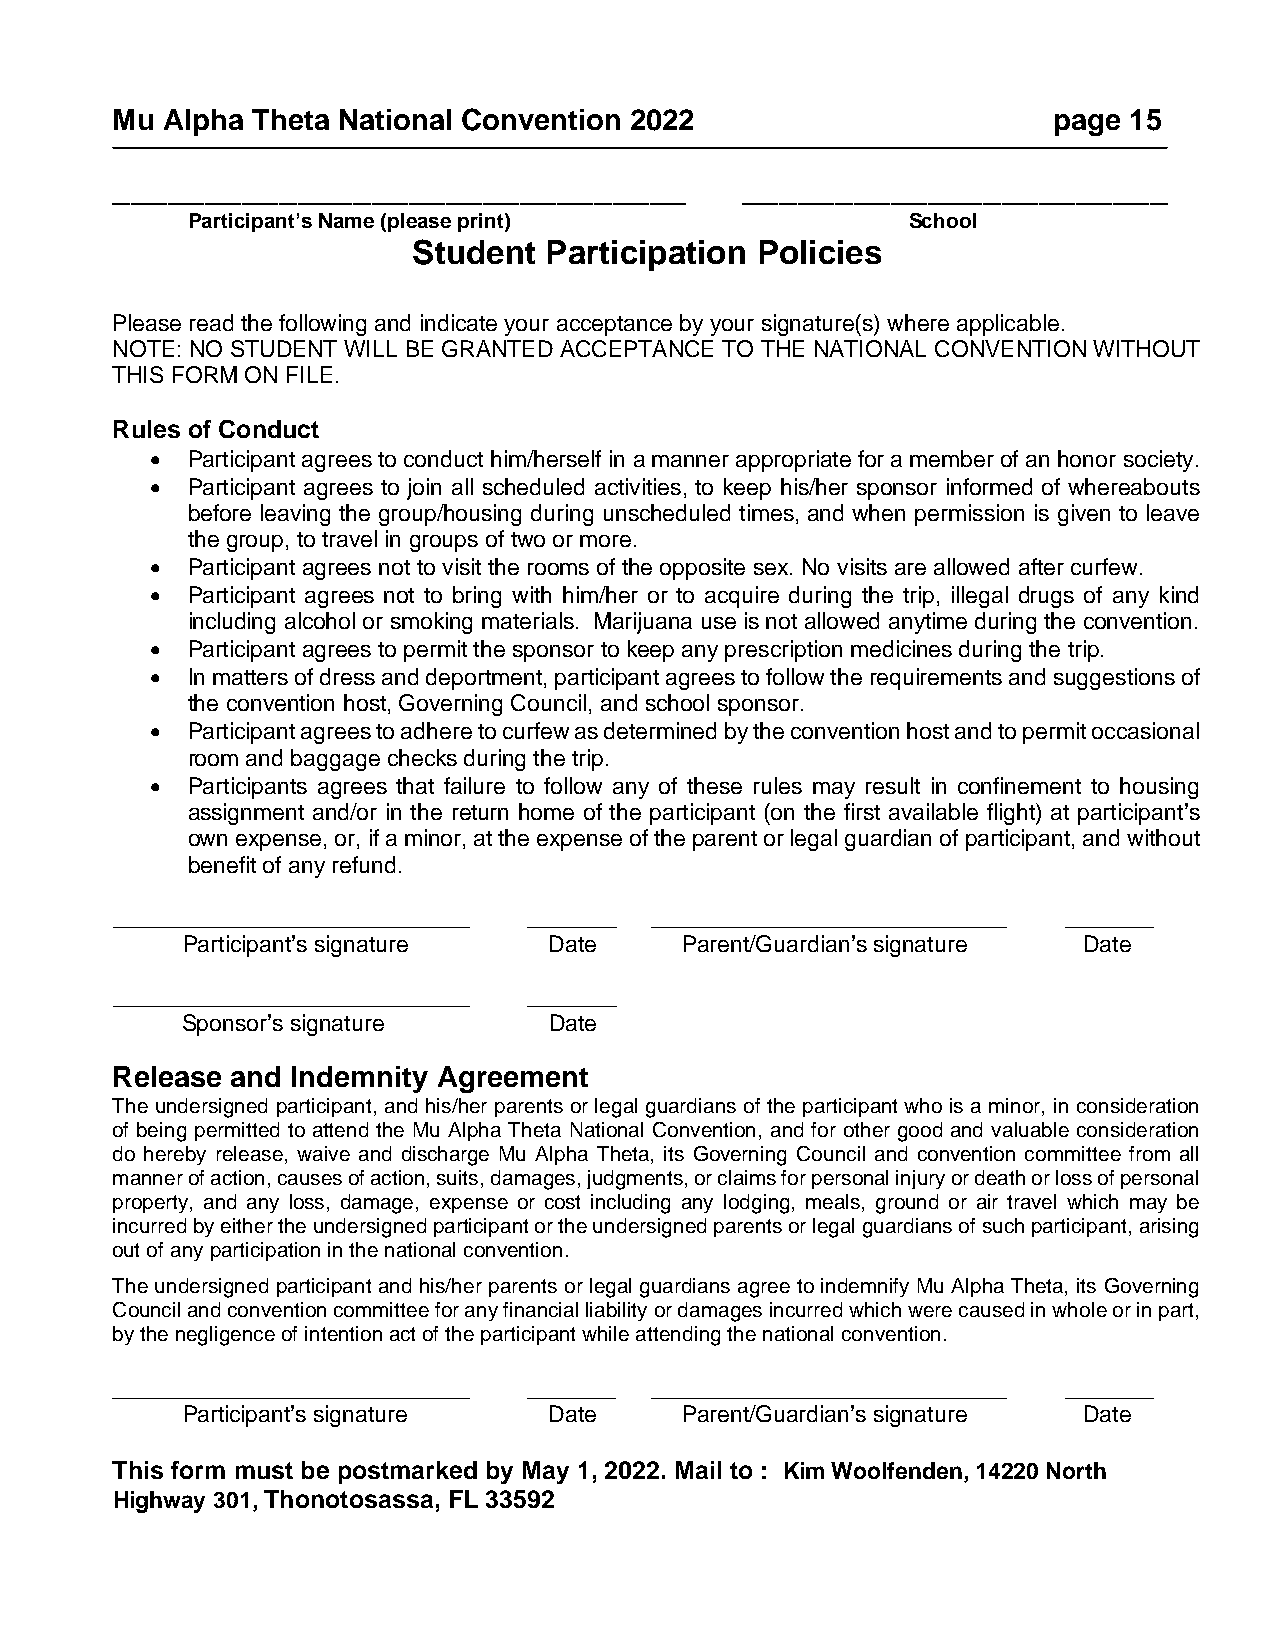
Mu  Alpha Theta National Convention 2022                       page 15
 _______________________________           _______________________
 Participant’s Name (please print)               School
 Student  Participation Policies
 Please read the following and indicate your acceptance by your signature(s) where applicable.
 NOTE: NO STUDENT WILL BE GRANTED ACCEPTANCE TO THE NATIONAL CONVENTION WITHOUT
 THIS FORM ON FILE.
 Rules of Conduct
 • Participant agrees to conduct him/herself in a manner appropriate for a member of an honor society.
 • Participant agrees to join all scheduled activities, to keep his/her sponsor informed of whereabouts
 before leaving the group/housing during unscheduled times, and when permission is given to leave
 the group, to travel in groups of two or more.
 • Participant agrees not to visit the rooms of the opposite sex. No visits are allowed after curfew.
 • Participant agrees not to bring with him/her or to acquire during the trip, illegal drugs of any kind
 including alcohol or smoking materials. Marijuana use is not allowed anytime during the convention.
 • Participant agrees to permit the sponsor to keep any prescription medicines during the trip.
 • In matters of dress and deportment, participant agrees to follow the requirements and suggestions of
 the convention host, Governing Council, and school sponsor.
 • Participant agrees to adhere to curfew as determined by the convention host and to permit occasional
 room and baggage checks during the trip.
 • Participants agrees that failure to follow any of these rules may result in confinement to housing
 assignment and/or in the return home of the participant (on the first available flight) at participant’s
 own expense, or, if a minor, at the expense of the parent or legal guardian of participant, and without
 benefit of any refund.
 ____________________________ _______ ____________________________ _______
 Participant’s signature Date     Parent/Guardian’s signature Date
 ____________________________ _______
 Sponsor’s signature     Date
 Release and Indemnity Agreement
 The undersigned participant, and his/her parents or legal guardians of the participant who is a minor, in consideration
 of being permitted to attend the Mu Alpha Theta National Convention, and for other good and valuable consideration
 do hereby release, waive and discharge Mu Alpha Theta, its Governing Council and convention committee from all
 manner of action, causes of action, suits, damages, judgments, or claims for personal injury or death or loss of personal
 property, and any loss, damage, expense or cost including any lodging, meals, ground or air travel which may be
 incurred by either the undersigned participant or the undersigned parents or legal guardians of such participant, arising
 out of any participation in the national convention.
 The undersigned participant and his/her parents or legal guardians agree to indemnify Mu Alpha Theta, its Governing
 Council and convention committee for any financial liability or damages incurred which were caused in whole or in part,
 by the negligence of intention act of the participant while attending the national convention.
 ____________________________ _______ ____________________________ _______
 Participant’s signature Date     Parent/Guardian’s signature Date
 This form must be postmarked by May 1, 2022. Mail to : Kim Woolfenden, 14220 North
 Highway 301, Thonotosassa, FL 33592